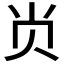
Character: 𭕆